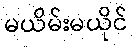
မယိမ်းမယိုင်